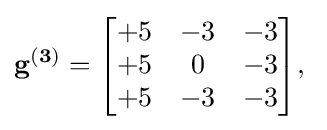
\mathbf {g^{(3)}} ={\begin{bmatrix}+5&-3&-3\\+5&0&-3\\+5&-3&-3\end{bmatrix}},\